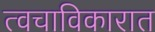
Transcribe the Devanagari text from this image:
त्वचाविकारात